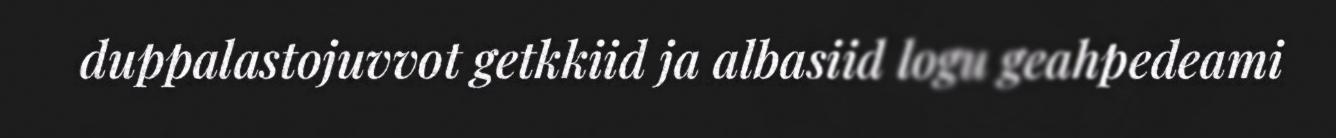
duppalastojuvvot getkkiid ja albasiid logu geahpedeami